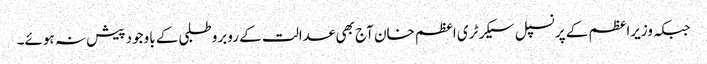
جبکہ وزیراعظم کے پرنسپل سیکرٹری اعظم خان آج بھی عدالت کے روبرو طلبی کے باوجود پیش نہ ہوئے۔